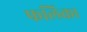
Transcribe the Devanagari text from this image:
फलिका